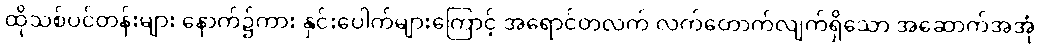
ထိုသစ်ပင်တန်းများ နောက်၌ကား နှင်းပေါက်များကြောင့် အရောင်တလက် လက်တောက်လျက်ရှိသော အဆောက်အအုံ